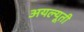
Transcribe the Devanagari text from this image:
अयल्यूती